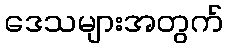
ဒေသများအတွက်